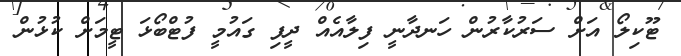
ޓޫކިލޯ އަށް ސަރުކާރުން ހަނދާނީ ފިލާއެއް ދީފި ގައުމީ ފުޓްބޯޅަ ޓީމަށް ކުޅުން